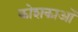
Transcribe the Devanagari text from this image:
कोशकाओं